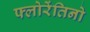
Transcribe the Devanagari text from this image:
फ्लोरेंतिनो